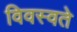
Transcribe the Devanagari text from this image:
विवस्वते